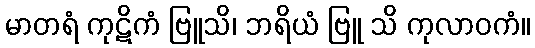
မာတရံ ကုဋိကံ ဗြူသိ၊ ဘရိယံ ဗြူ သိ ကုလာဝကံ။